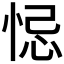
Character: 𢚁